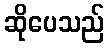
ဆိုပေသည်